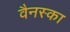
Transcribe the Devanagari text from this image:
वैनस्का